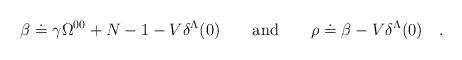
LaTeX: \begin{align*}\beta \doteq \gamma \Omega^{00} +N-1-V\delta^{\Lambda}(0) \qquad {\rm and}\qquad \rho \doteq \beta -V\delta^{\Lambda}(0) \quad .\end{align*}